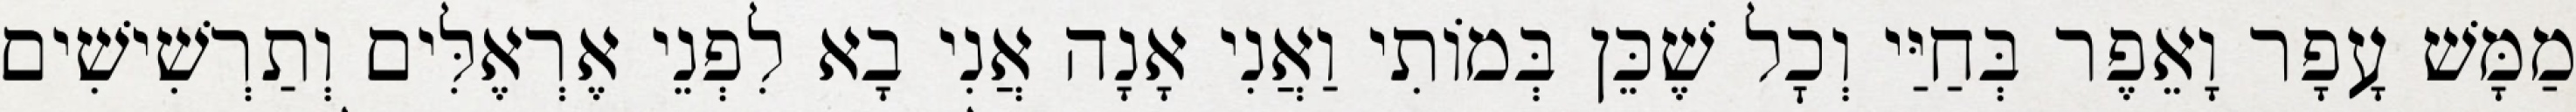
מַמָּשׁ עָפָר וָאֵפֶר בְּחַיַּי וְכׇל שֶׁכֵּן בְּמוֹתִי וַאֲנִי אָנָה אֲנִי בָא לִפְנֵי אֶרְאֶלִּים וְתַרְשִׁישִׁים